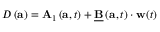
\begin{array} { r } { \begin{array} { r } { D \left( \mathbf { a } \right) = \mathbf { A } _ { 1 } \left( \mathbf { a } , t \right) + \underline { { \mathbf { B } } } \left( \mathbf { a } , t \right) \cdot \mathbf { w } ( t ) } \end{array} } \end{array}